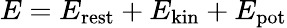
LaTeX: E=E_{\mathrm{{rest}}}+E_{\mathrm{{kin}}}+E_{\mathrm{{pot}}}